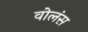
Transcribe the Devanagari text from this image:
वोलंस